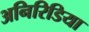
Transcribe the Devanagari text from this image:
अनिरिडिया